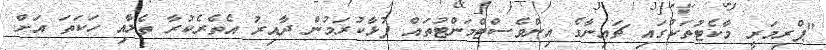
"ޕްރިމަރީ މާކެޓުތަކުގައި ޗައިނާގެ އިންވެސްޓްމަންޓުތައް ފުޅާކުރަމުން ދާއިރު އެތެރެކުރާ ތެލާއި ހަކަތަ އަށް